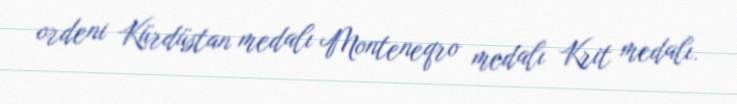
ordeni Kürdüstan medalı Monteneqro medalı Krit medalı.